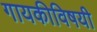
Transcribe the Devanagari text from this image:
गायकीविषयी